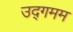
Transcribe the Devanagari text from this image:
उद्गमम